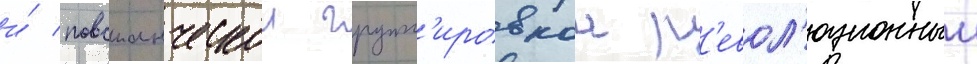
и́ повстанческои групп'ировкои р'евол'юционныи